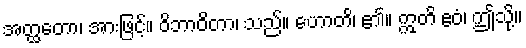
အတ္ထတော၊ အားဖြင့်။ ဝိဘာဝိတာ၊ သည်။ ဟောတိ၊ ၏။ ဣတိ ဧဝံ၊ ဤသို့။